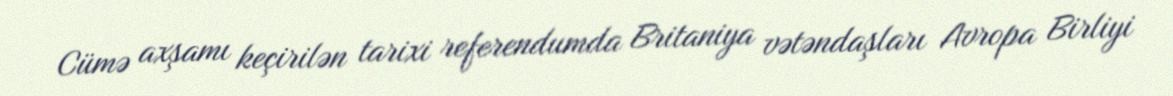
Cümə axşamı keçirilən tarixi referendumda Britaniya vətəndaşları Avropa Birliyi